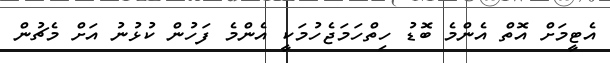
އެޓީމަށް އޮތް އެންމެ ބޮޑު ހިތްހަމަޖެހުމަކީ އެންމެ ފަހުން ކުޅުނު އަށް މެޗުން